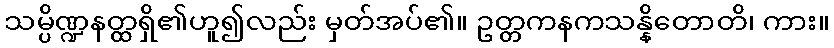
သမ္ပိဏ္ဍနတ္ထရှိ၏ဟူ၍လည်း မှတ်အပ်၏။ ဥတ္တကနကသန္နိတောတိ၊ ကား။